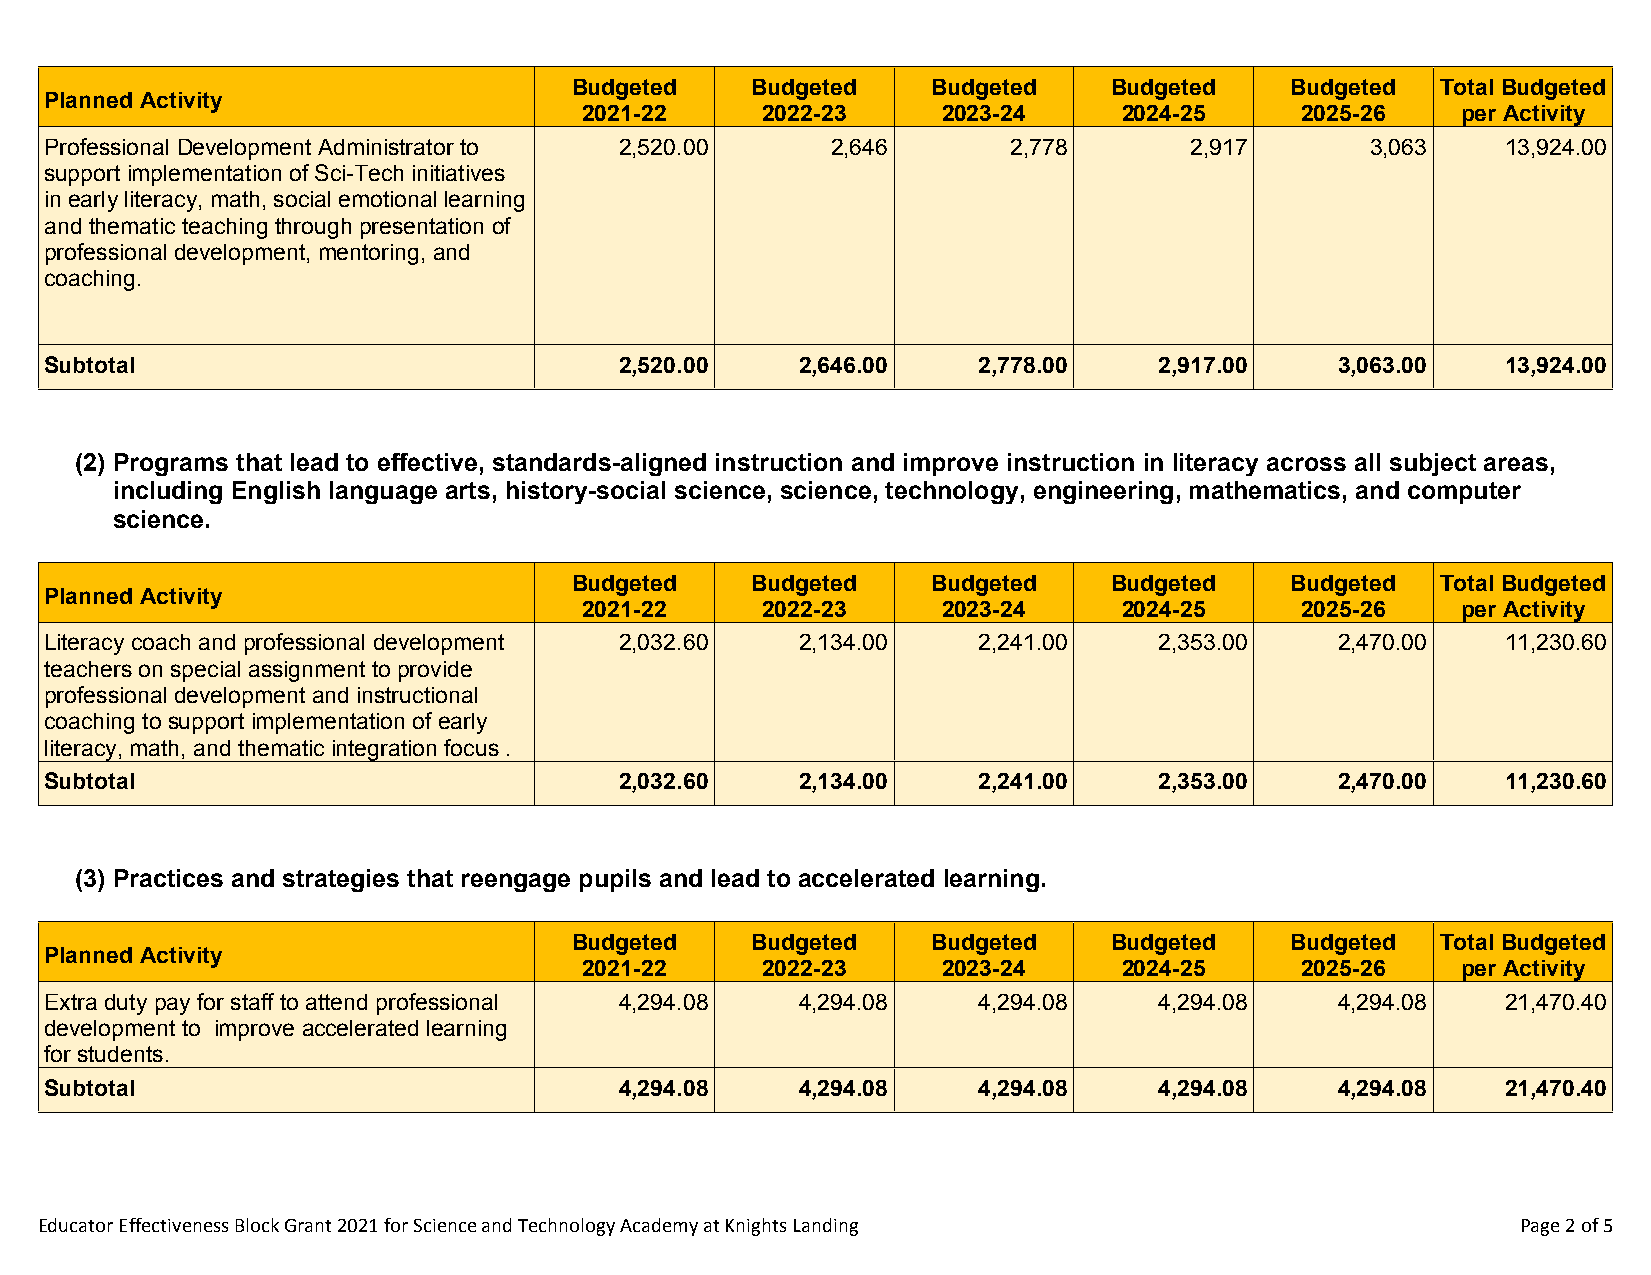
Budgeted    Budgeted    Budgeted   Budgeted    Budgeted  Total Budgeted
 Planned Activity
 2021-22    2022-23     2023-24     2024-25     2025-26    per Activity
 Professional Development Administrator to 2,520.00  2,646       2,778       2,917       3,063    13,924.00
 support implementation of Sci-Tech initiatives
 in early literacy, math, social emotional learning
 and thematic teaching through presentation of
 professional development, mentoring, and
 coaching.
 Subtotal                              2,520.00    2,646.00    2,778.00    2,917.00    3,063.00   13,924.00
 (2) Programs that lead to effective, standards-aligned instruction and improve instruction in literacy across all subject areas,
 including English language arts, history-social science, science, technology, engineering, mathematics, and computer
 science.
 Budgeted    Budgeted    Budgeted   Budgeted    Budgeted  Total Budgeted
 Planned Activity
 2021-22    2022-23     2023-24     2024-25     2025-26    per Activity
 Literacy coach and professional development 2,032.60 2,134.00 2,241.00    2,353.00    2,470.00   11,230.60
 teachers on special assignment to provide
 professional development and instructional
 coaching to support implementation of early
 literacy, math, and thematic integration focus .
 Subtotal                              2,032.60    2,134.00    2,241.00    2,353.00    2,470.00   11,230.60
 (3) Practices and strategies that reengage pupils and lead to accelerated learning.
 Budgeted    Budgeted    Budgeted   Budgeted    Budgeted  Total Budgeted
 Planned Activity
 2021-22    2022-23     2023-24     2024-25     2025-26    per Activity
 Extra duty pay for staff to attend professional 4,294.08 4,294.08 4,294.08 4,294.08   4,294.08   21,470.40
 development to improve accelerated learning
 for students.
 Subtotal                              4,294.08    4,294.08    4,294.08    4,294.08    4,294.08   21,470.40
 Educator Effectiveness Block Grant 2021 for Science and Technology Academy at Knights Landing      Page 2 of 5